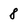
Character: 8